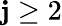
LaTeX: \mathbf{j}\geq2